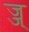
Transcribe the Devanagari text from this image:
ज्ज्